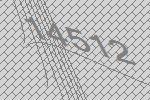
14512